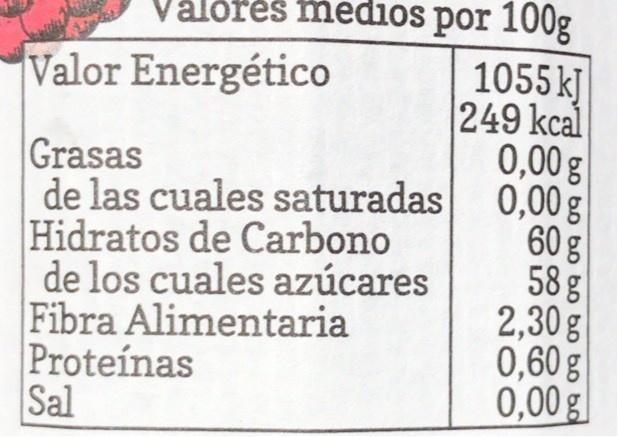
Vålðrés medios por 100g 1055 kJ 249 kcal 0,00g 0,00 g 60 g 58 g 2,30g 0,60 g 0,00 g|
Valor Energético
Grasas de las cuales saturadas Hidratos de Carbono de los cuales azúcares Fibra Alimentaria Proteínas Sal